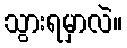
သွားရမှာလဲ။